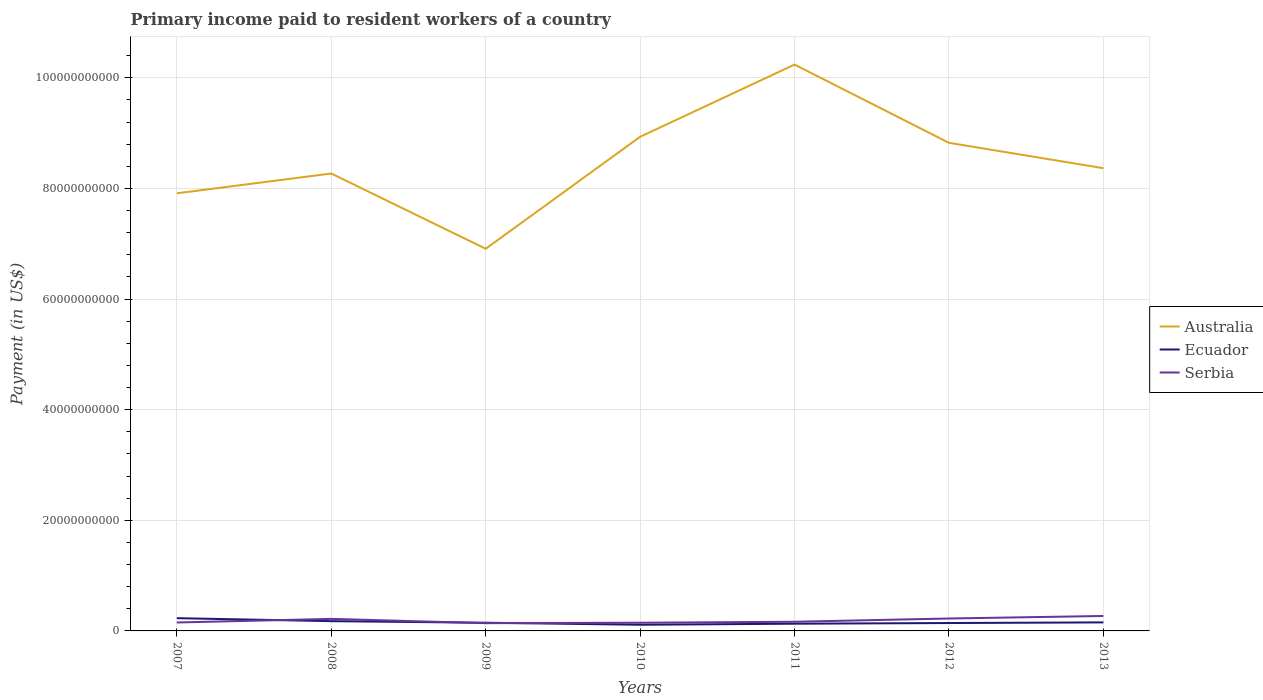
| Years | Australia | Ecuador | Serbia |
 | --- | --- | --- | --- |
 | 2007 | 7.91e+10 | 2.31e+09 | 1.53e+09 |
 | 2008 | 8.27e+10 | 1.77e+09 | 2.18e+09 |
 | 2009 | 6.91e+10 | 1.48e+09 | 1.4e+09 |
 | 2010 | 8.93e+10 | 1.12e+09 | 1.48e+09 |
 | 2011 | 1.02e+11 | 1.3e+09 | 1.65e+09 |
 | 2012 | 8.83e+10 | 1.43e+09 | 2.24e+09 |
 | 2013 | 8.37e+10 | 1.54e+09 | 2.7e+09 |